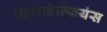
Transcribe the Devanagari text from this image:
फिलाडेल्फियंस